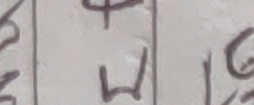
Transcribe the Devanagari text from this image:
फूल